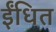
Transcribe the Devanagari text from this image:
ईंधित